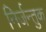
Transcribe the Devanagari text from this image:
निर्जन्तुक